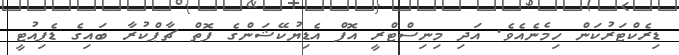
ޑިރެކްޓަރުކަން ހިމެނެއެވެ. އަދި މިނިސްޓްރީ އޮފް އެޑިޔުކޭޝަންގެ ފޮތް ޗާޕްކުރާ ބައިގެ ޑެޕިއުޓީ